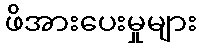
ဖိအားပေးမှုများ